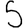
Digit: 5